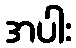
အပါး